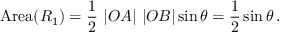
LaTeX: \mathrm { A r e a } ( R _ { 1 } ) = { \frac { 1 } { 2 } } \ | O A | \ | O B | \sin \theta = { \frac { 1 } { 2 } } \sin \theta \, .